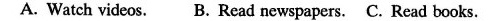
A. Watch videos. B. Read newspapers. C.Read books.